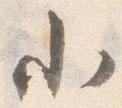
小